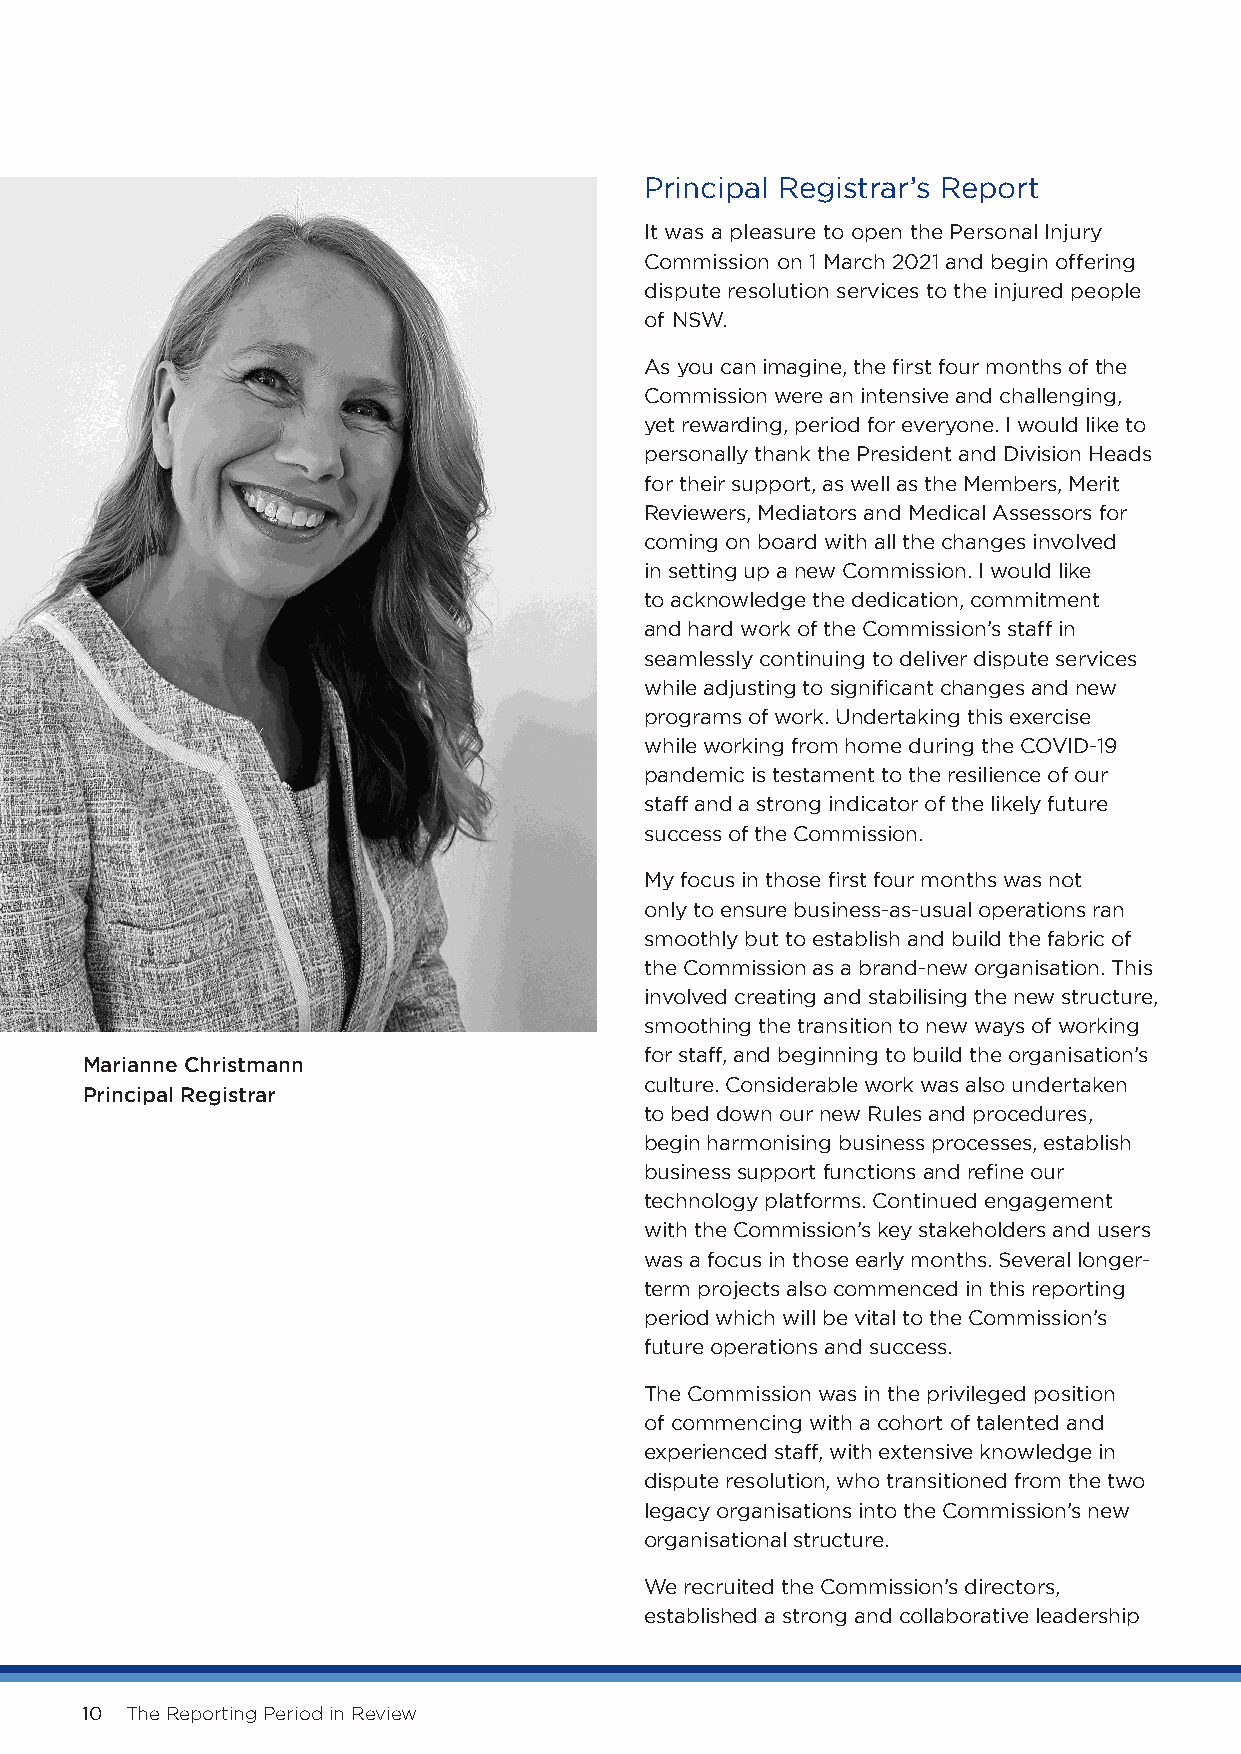
Principal Registrar’s Report
 It was a pleasure to open the Personal Injury
 Commission on 1 March 2021 and begin offering
 dispute resolution services to the injured people
 of NSW.
 As you can imagine, the first four months of the
 Commission were an intensive and challenging,
 yet rewarding, period for everyone. I would like to
 personally thank the President and Division Heads
 for their support, as well as the Members, Merit
 Reviewers, Mediators and Medical Assessors for
 coming on board with all the changes involved
 in setting up a new Commission. I would like
 to acknowledge the dedication, commitment
 and hard work of the Commission’s staff in
 seamlessly continuing to deliver dispute services
 while adjusting to significant changes and new
 programs of work. Undertaking this exercise
 while working from home during the COVID-19
 pandemic is testament to the resilience of our
 staff and a strong indicator of the likely future
 success of the Commission.
 My focus in those first four months was not
 only to ensure business-as-usual operations ran
 smoothly but to establish and build the fabric of
 the Commission as a brand-new organisation. This
 involved creating and stabilising the new structure,
 smoothing the transition to new ways of working
 for staff, and beginning to build the organisation’s
 Marianne Christmann
 culture. Considerable work was also undertaken
 Principal Registrar
 to bed down our new Rules and procedures,
 begin harmonising business processes, establish
 business support functions and refine our
 technology platforms. Continued engagement
 with the Commission’s key stakeholders and users
 was a focus in those early months. Several longer-
 term projects also commenced in this reporting
 period which will be vital to the Commission’s
 future operations and success.
 The Commission was in the privileged position
 of commencing with a cohort of talented and
 experienced staff, with extensive knowledge in
 dispute resolution, who transitioned from the two
 legacy organisations into the Commission’s new
 organisational structure.
 We recruited the Commission’s directors,
 established a strong and collaborative leadership
 10 The Reporting Period in Review